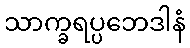
သာက္ခရပ္ပဘေဒါနံ